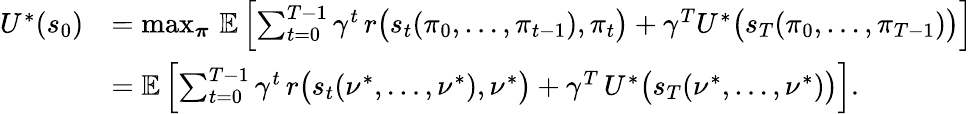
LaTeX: \begin{array}{rl}{U^{*}(s_{0})}&{=\operatorname*{max}_{\boldsymbol{\pi}}\, \mathbb{E}\left[\sum_{t=0}^{T-1}\gamma^{t}\, r\bigl(s_{t}(\pi_{0},\ldots,\pi_{t-1}),\pi_{t}\bigr)+\gamma^{T}U^{*}\bigl(s_{T}(\pi_{0},\ldots,\pi_{T-1})\bigr)\right]}\\ &{=\mathbb{E}\left[\sum_{t=0}^{T-1}\gamma^{t}\, r\bigl(s_{t}(\nu^{*},\ldots,\nu^{*}),\nu^{*}\bigr)+\gamma^{T}\, U^{*}\bigl(s_{T}(\nu^{*},\ldots,\nu^{*})\bigr)\right].}\end{array}